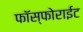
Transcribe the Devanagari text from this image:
फॉस्फोराईट